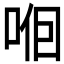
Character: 𱒲